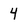
Character: 4